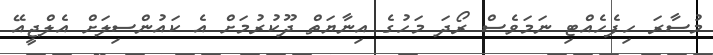
މުސާރަ ހިފެހެއްޓި ނަމަވެސް ރޯދަ މަހުގެ އިނާޔަތް ދޫކުރުމަށް އެ ކައުންސިލަށް އެލްޖީއޭ